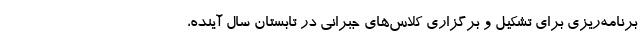
برنامه‌ریزی برای تشکیل و برگزاری کلاس‌های جبرانی در تابستان سال آینده،